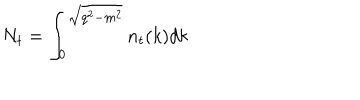
N _ { t } = \int _ { 0 } ^ { \sqrt { q ^ { 2 } - m ^ { 2 } } } n _ { t } ( k ) d k